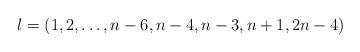
LaTeX: \begin{align*}\l=(1,2,\ldots,n-6,n-4,n-3,n+1,2n-4)\end{align*}